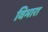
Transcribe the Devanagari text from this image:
विभारा